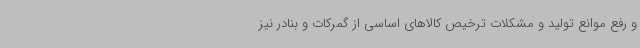
و رفع موانع تولید و مشکلات ترخیص کالاهای اساسی از گمرکات و بنادر نیز